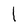
Character: l